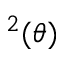
^ 2 ( \theta )